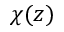
\chi ( z )